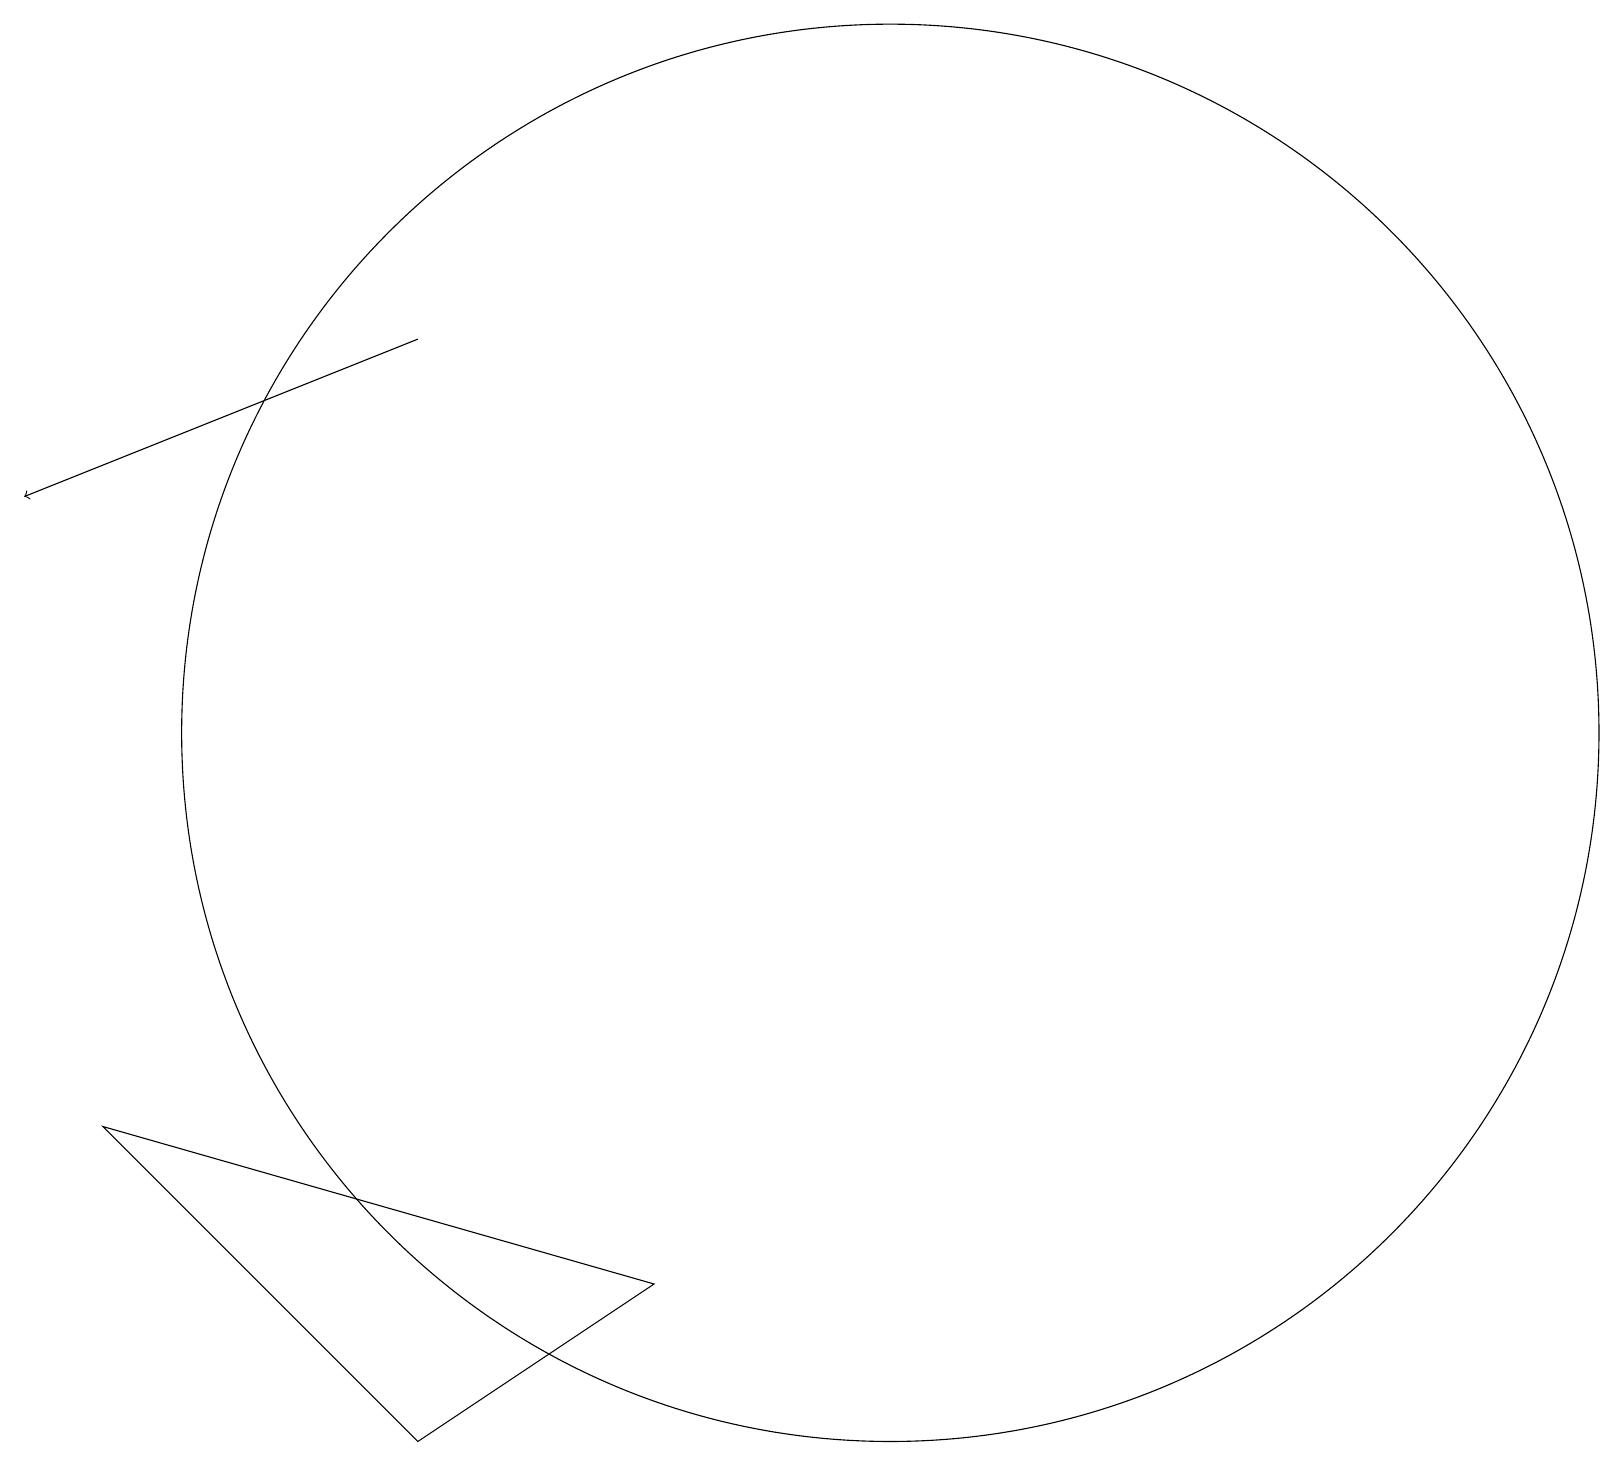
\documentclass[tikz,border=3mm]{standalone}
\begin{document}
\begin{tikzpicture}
\draw[->] (5,15) -- (0,13);
\draw (11,10) circle (9);
\draw (5,1) -- (1,5) -- (8,3) -- cycle;
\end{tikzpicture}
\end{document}